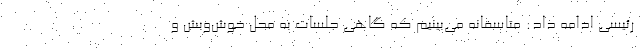
رئیسی ادامه داد: متاسفانه می‌بینیم که گاهی جلسات به محل خوش‌وبش و